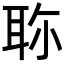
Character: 𦕗